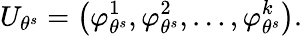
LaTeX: U_{\theta^{s}}=\left(\varphi_{\theta^{s}}^{1},\varphi_{\theta^{s}}^{2},\dots,\varphi_{\theta^{s}}^{k}\right).